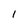
Character: 1